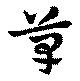
草